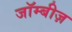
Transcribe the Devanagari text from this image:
जॉम्बीज़